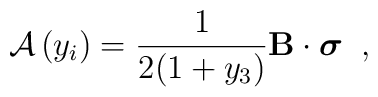
{\cal A}  \left( y_i \right) = \frac{ 1 }{2( 1+y_3)} {\bf B} \cdot \mbox{\boldmath $\sigma$} \;\;,